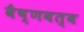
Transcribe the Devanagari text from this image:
वैष्णवत्व